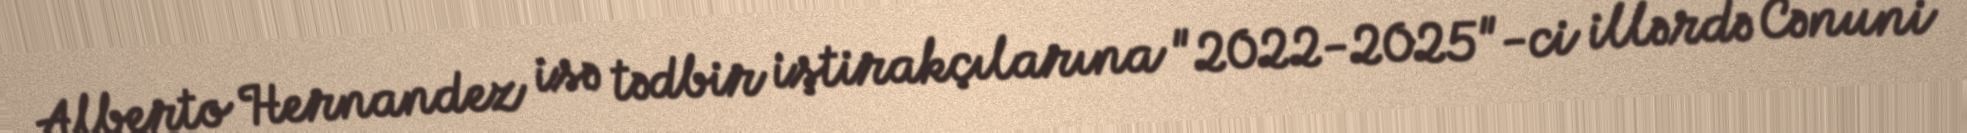
Alberto Hernandez isə tədbir iştirakçılarına "2022-2025"-ci illərdə Cənuni